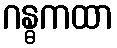
ဂန္ဓကထာ